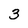
Character: 3